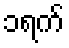
၁ရက်